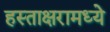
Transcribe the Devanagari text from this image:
हस्ताक्षरामध्ये